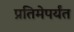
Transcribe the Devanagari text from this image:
प्रतिमेपर्यंत